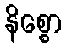
နိစ္စော